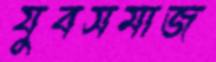
যুবসমাজ